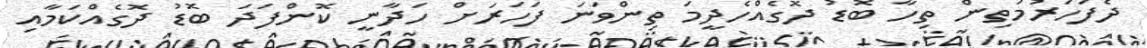
ދެފަހަރުމަތިން ތިހާ ބޮޑު ދޮގެއްހެދީމަ ތިންވަނަ ފަހަރަށް ހަދާނީ ކޮންފަދަ ބޮޑު ދޮގެއްކަމާއި